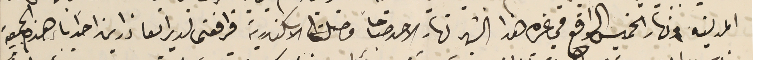
المدينه ونهار الخميس الواقع في غره هذا الشهر نهار الاحد صباحاً وصلنا الاسكندرية فرافقنى لدير العاذارين احد اباء هذه الجمعية